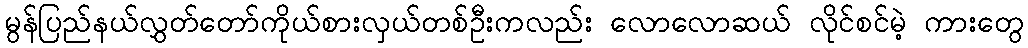
မွန်ပြည်နယ်လွှတ်တော်ကိုယ်စားလှယ်တစ်ဦးကလည်း လောလောဆယ် လိုင်စင်မဲ့ ကားတွေ